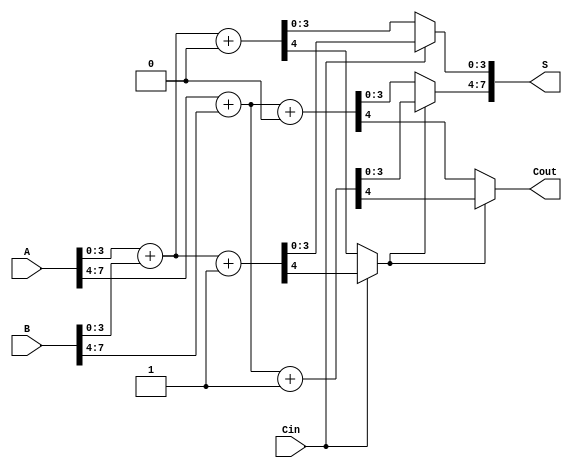
module carry_select_adder #(parameter n = 8, parameter m = 4) (
    input [n-1:0] A,        // First n-bit input
    input [n-1:0] B,        // Second n-bit input
    input Cin,              // Carry-in
    output [n-1:0] S,       // n-bit sum output
    output Cout             // Carry-out
);

    // Number of blocks
    localparam num_blocks = n / m;

    // Internal wires for sums and carry outs
    wire [m-1:0] S0 [0:num_blocks-1];  // Sums when Cin = 0
    wire [m-1:0] S1 [0:num_blocks-1];  // Sums when Cin = 1
    wire Cout0 [0:num_blocks-1];       // Carry outs when Cin = 0
    wire Cout1 [0:num_blocks-1];       // Carry outs when Cin = 1

    // Generate block sums and carry outs
    genvar i;
    generate
        for (i = 0; i < num_blocks; i = i + 1) begin : block
            wire [m-1:0] A_block = A[i*m +: m];
            wire [m-1:0] B_block = B[i*m +: m];
            
            // Full adders for Cin = 0
            wire [m:0] sum0 = A_block + B_block + 1'b0;
            assign S0[i] = sum0[m-1:0];
            assign Cout0[i] = sum0[m];

            // Full adders for Cin = 1
            wire [m:0] sum1 = A_block + B_block + 1'b1;
            assign S1[i] = sum1[m-1:0];
            assign Cout1[i] = sum1[m];
        end
    endgenerate

    // Mux for selecting sums based on Cout from previous block
    wire [n-1:0] selected_sums;
    wire selected_cout;

    assign S = {selected_sums}; // Final output sum

    // First block selection based on Cin
    assign selected_sums[m-1:0] = Cin ? S1[0] : S0[0];
    assign selected_cout = Cin ? Cout1[0] : Cout0[0];

    // Propagate carry-out to the next block
    wire carry_in_next = selected_cout;

    // Second block selection based on carry out from first block
    assign selected_sums[2*m-1:m] = carry_in_next ? S1[1] : S0[1];
    
    // Final carry-out determination
    assign Cout = carry_in_next ? Cout1[1] : Cout0[1];

endmodule